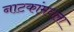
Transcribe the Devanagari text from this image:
नाटकांमधला